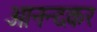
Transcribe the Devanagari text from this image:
आनन्दकर